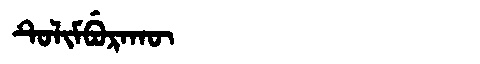
Manchu: ᡨᡠᠯᡳᠮᠪᡠᡵᠠᡴᡡ
Romanization: TULIMBURAKŪ